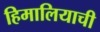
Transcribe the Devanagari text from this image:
हिमालियाची